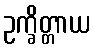
ဥက္ခိတ္တာယ